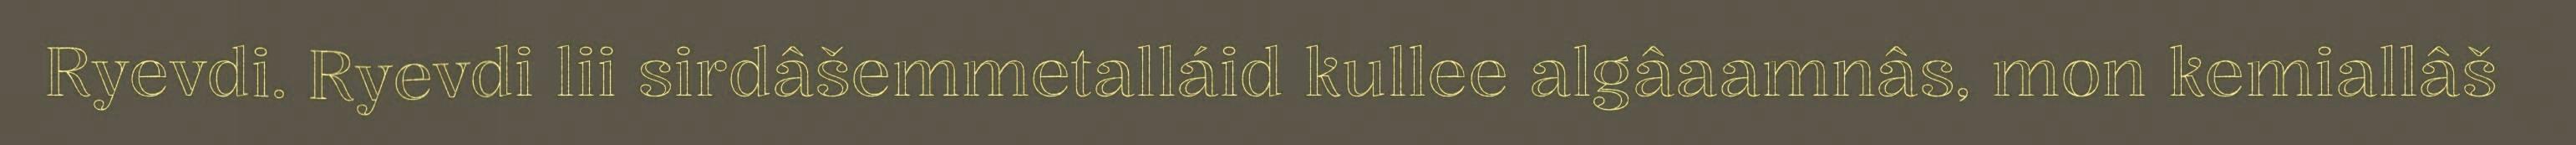
Ryevdi. Ryevdi lii sirdâšemmetalláid kullee algâaamnâs, mon kemiallâš